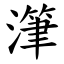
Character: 潷